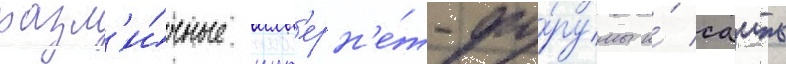
разл'и́чные инт'ерн'е́т-фо́румы и́ саиты